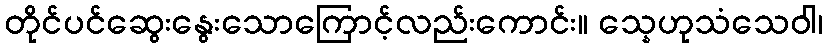
တိုင်ပင်ဆွေးနွေးသောကြောင့်လည်းကောင်း။ သ္နေဟုသံသေဝါ၊